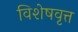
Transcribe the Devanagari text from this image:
विशेषवृत्त